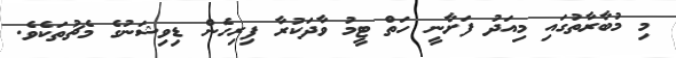
މި މުބާރާތުގައި މިއަދު ފަށާނީ ހަތް ޓީމު ވާދަކުރާ ފިރިހެން ޑިވިޝަނުގެ މެޗުތަކެވެ.